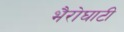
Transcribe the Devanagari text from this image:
भैरोघाटी